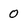
Character: 0